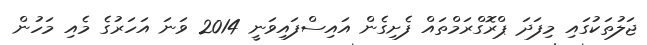
ޖަލުތަކުގައި މިފަދަ ޕްރޮގްރަމްތައް ފެށިގެން އައިސްފައިވަނީ 2014 ވަނަ އަހަރުގެ މެއި މަހުން